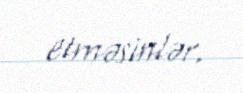
etməsinlər.